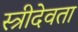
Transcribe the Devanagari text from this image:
स्त्रीदेवता